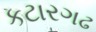
કટારગઢ